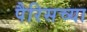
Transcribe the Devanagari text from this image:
पैरिसच्या